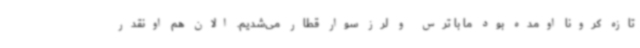
تازه کرونا اومده بود ما با ترس و لرز سوار قطار می‌شدیم. الان هم اونقدر